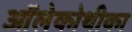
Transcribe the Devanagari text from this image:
ऑलेकोथीका